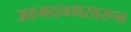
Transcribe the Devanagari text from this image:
अहमदनगरवरून